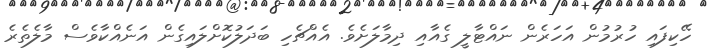
ހޭކިފައި ހުރުމުން އަހަރެން ނައްޓާލީ ގެއާއި ދިމާލަށެވެ. އެއްޗެހި ބަދަލުކޮށްލައިގެން އަނެއްކާވެސް މާލެތެރެ